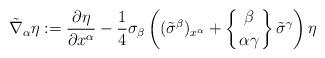
LaTeX: \begin{align*}\tilde\nabla_\alpha\eta:=\frac{\partial\eta}{\partial x^\alpha}-\frac14\sigma_\beta\left((\tilde\sigma^\beta)_{x^\alpha}+\left\{{{\beta}\atop{\alpha\gamma}}\right\}\tilde\sigma^\gamma\right)\eta\end{align*}